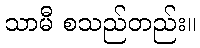
သာမီ စသည်တည်း။